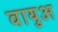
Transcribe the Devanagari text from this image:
वायुअ